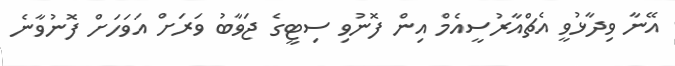
އޭނާ ވިދާޅުވީ އެޗްއާރުސީއެމް އިން ފޮނުވި ސިޓީގެ ޖަވާބު ވަރަށް އަވަހަށް ފޮނުވާނެ